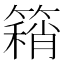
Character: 𥳓